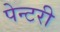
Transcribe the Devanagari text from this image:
पेन्टरी